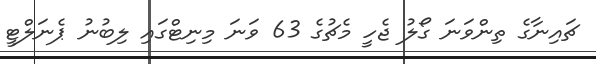
ޗައިނާގެ ތިންވަނަ ގޯލު ޖެހީ މެޗުގެ 63 ވަނަ މިނިޓްގައި ލިބުނު ޕެނަލްޓީ